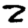
Digit: 2